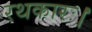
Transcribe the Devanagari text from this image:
रथकारः।